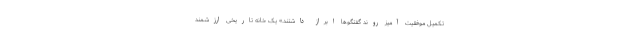
تکمیل موفقیت آمیز روند گفتگوها ابراز داشتند.» یک خانه تاریخی ارزشمند